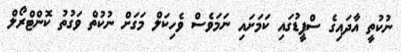
ނުކުތީ އާދައިގެ ސްޕީޑުގައި ކަމަށައި ނަމަވެސް ވެހިކަލް މަގަށް ނުކުތް ވަގުތު ކޮންޓްރޯލް